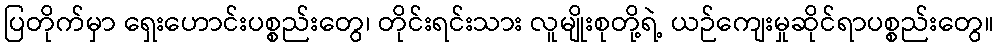
ပြတိုက်မှာ ရှေးဟောင်းပစ္စည်းတွေ၊ တိုင်းရင်းသား လူမျိုးစုတို့ရဲ့ ယဉ်ကျေးမှုဆိုင်ရာပစ္စည်းတွေ။